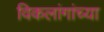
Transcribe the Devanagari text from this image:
विकलांगांच्या